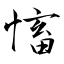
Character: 慉